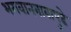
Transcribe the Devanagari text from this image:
भगवानबाबापुढे